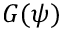
G ( \psi )